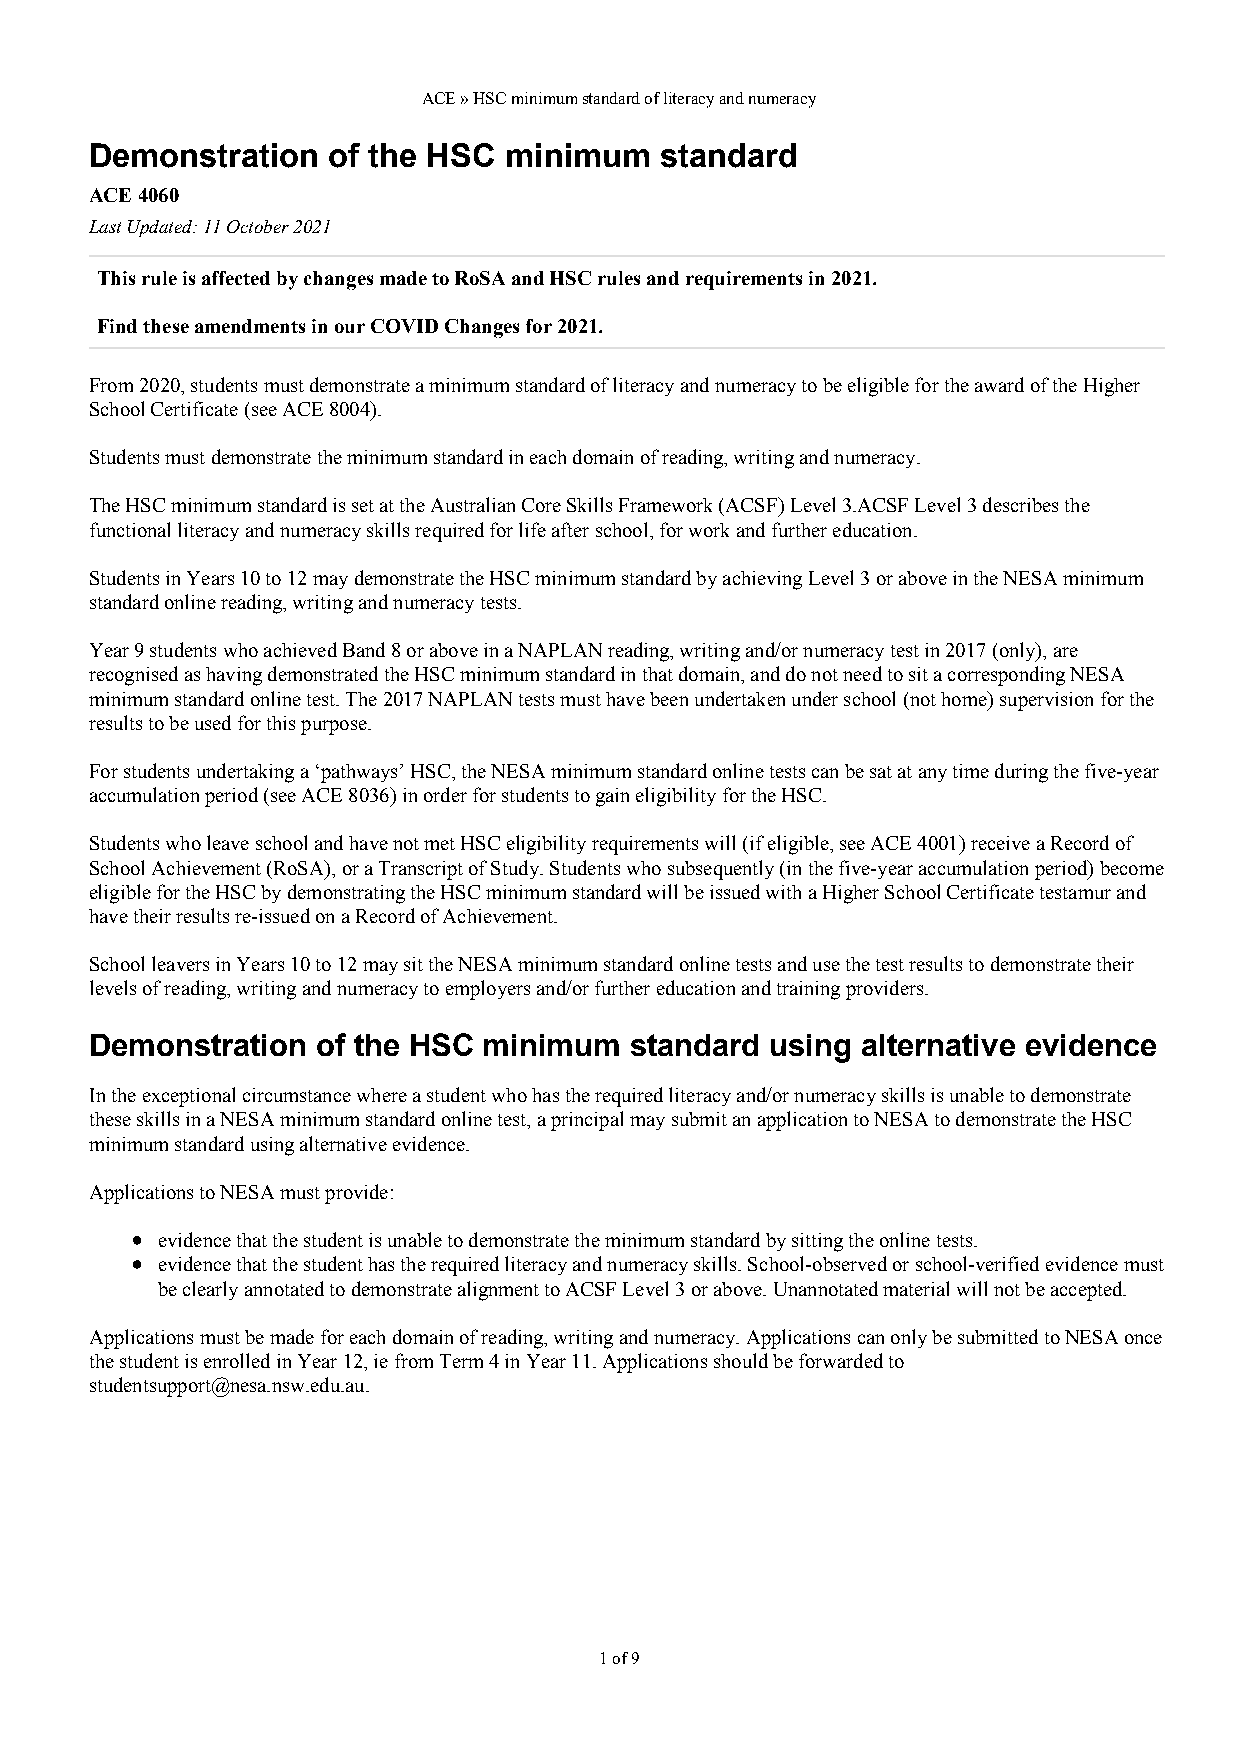
ACE » HSC minimum standard of literacy and numeracy
 Demonstration   of the HSC minimum    standard
 ACE 4060
 Last Updated: 11 October 2021
 This rule is affected by changes made to RoSA and HSC rules and requirements in 2021.
 Find these amendments in our COVID Changes for 2021.
 From 2020, students must demonstrate a minimum standard of literacy and numeracy to be eligible for the award of the Higher
 School Certificate (see ACE 8004).
 Students must demonstrate the minimum standard in each domain of reading, writing and numeracy.
 The HSC minimum standard is set at the Australian Core Skills Framework (ACSF) Level 3.ACSF Level 3 describes the
 functional literacy and numeracy skills required for life after school, for work and further education.
 Students in Years 10 to 12 may demonstrate the HSC minimum standard by achieving Level 3 or above in the NESA minimum
 standard online reading, writing and numeracy tests.
 Year 9 students who achieved Band 8 or above in a NAPLAN reading, writing and/or numeracy test in 2017 (only), are
 recognised as having demonstrated the HSC minimum standard in that domain, and do not need to sit a corresponding NESA
 minimum standard online test. The 2017 NAPLAN tests must have been undertaken under school (not home) supervision for the
 results to be used for this purpose.
 For students undertaking a ‘pathways’ HSC, the NESA minimum standard online tests can be sat at any time during the five-year
 accumulation period (see ACE 8036) in order for students to gain eligibility for the HSC.
 Students who leave school and have not met HSC eligibility requirements will (if eligible, see ACE 4001) receive a Record of
 School Achievement (RoSA), or a Transcript of Study. Students who subsequently (in the five-year accumulation period) become
 eligible for the HSC by demonstrating the HSC minimum standard will be issued with a Higher School Certificate testamur and
 have their results re-issued on a Record of Achievement.
 School leavers in Years 10 to 12 may sit the NESA minimum standard online tests and use the test results to demonstrate their
 levels of reading, writing and numeracy to employers and/or further education and training providers.
 Demonstration  of the HSC minimum   standard using alternative evidence
 In the exceptional circumstance where a student who has the required literacy and/or numeracy skills is unable to demonstrate
 these skills in a NESA minimum standard online test, a principal may submit an application to NESA to demonstrate the HSC
 minimum standard using alternative evidence.
 Applications to NESA must provide:
 evidence that the student is unable to demonstrate the minimum standard by sitting the online tests.
 evidence that the student has the required literacy and numeracy skills. School-observed or school-verified evidence must
 be clearly annotated to demonstrate alignment to ACSF Level 3 or above. Unannotated material will not be accepted.
 Applications must be made for each domain of reading, writing and numeracy. Applications can only be submitted to NESA once
 the student is enrolled in Year 12, ie from Term 4 in Year 11. Applications should be forwarded to
 studentsupport@nesa.nsw.edu.au.
 1 of 9